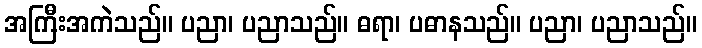
အကြီးအကဲသည်။ ပညာ၊ ပညာသည်။ ဓရာ၊ ပဓာနသည်။ ပညာ၊ ပညာသည်။